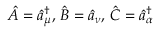
\hat { A } = \hat { a } _ { \mu } ^ { \dagger } , \, \hat { B } = \hat { a } _ { \nu } , \, \hat { C } = \hat { a } _ { \alpha } ^ { \dagger }